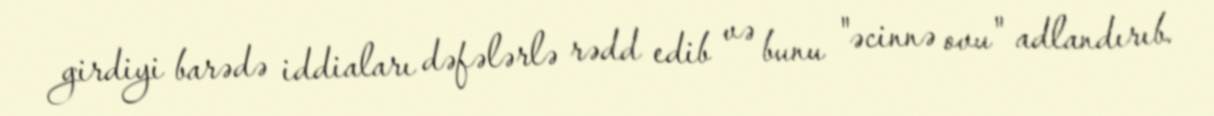
girdiyi barədə iddiaları dəfələrlə rədd edib və bunu "əcinnə ovu" adlandırıb.